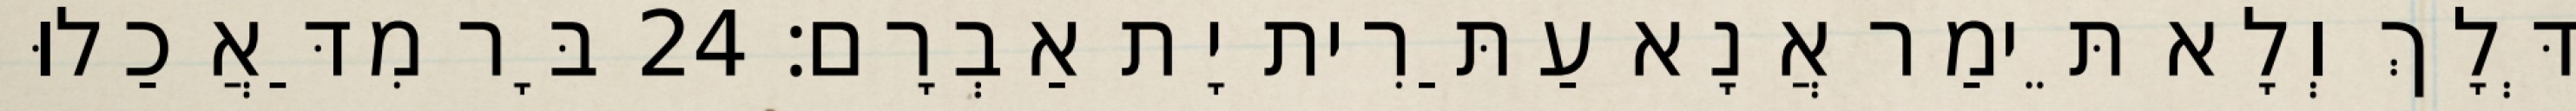
דְּלָךְ וְלָא תֵּימַר אֲנָא עַתַּרִית יָת אַבְרָם׃ 24 בָּר מִדַּאֲכַלוּ